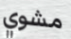
مشوي